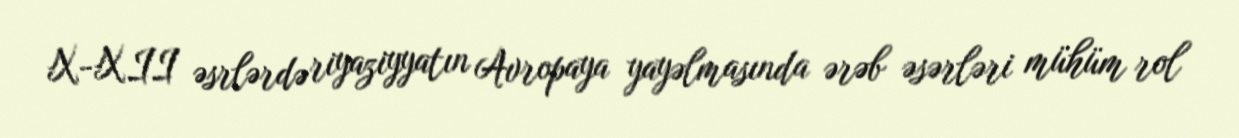
X-XII əsrlərdə riyaziyyatın Avropaya yayəlmasında ərəb əsərləri mühüm rol